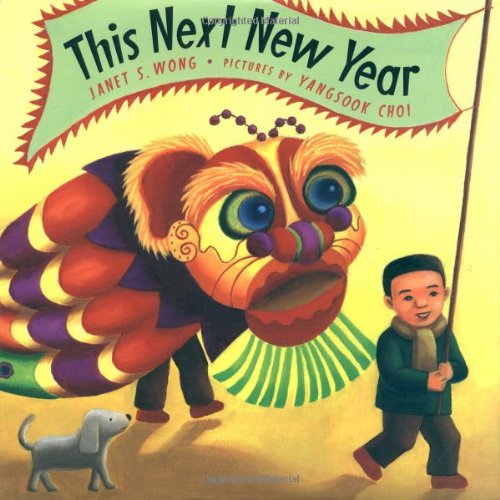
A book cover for This Next New Year; Janet S. Wong; Children's Books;